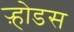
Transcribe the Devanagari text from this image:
ऱ्होडस